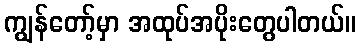
ကျွန်တော့်မှာ အထုပ်အပိုးတွေပါတယ်။